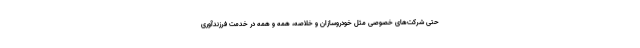
حتی شرکت‌های خصوصی مثل خودروسازان و خلاصه، همه و همه در خدمت فرزندآوری